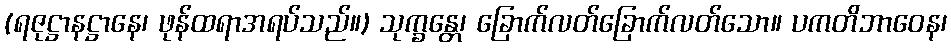
(ရဇုဋ္ဌာနဋ္ဌာနေ၊ ဖုန်ထရာအရပ်သည်။) သုက္ခန္တေ၊ ခြောက်လတ်ခြောက်လတ်သော။ ပကတိဘာဝေန၊